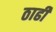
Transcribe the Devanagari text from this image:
ठाढी